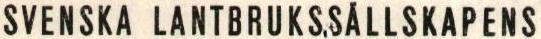
SVENSKA LANTBRUKSSÄLLSKAPENS